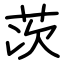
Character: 茨